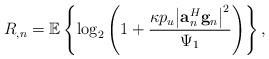
LaTeX: \begin{align*}{R_{{},n}} = \mathbb{E}\left\{ {{{\log }_2}\left( {1 + \frac{{\kappa {p_u}{{\left| {{\bf{a}}_n^H{{\bf{g}}_n}} \right|}^2}}}{\Psi_1 }} \right)} \right\},\end{align*}